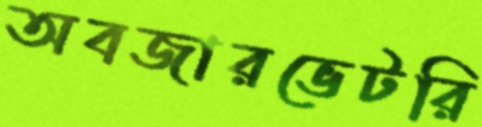
অবজারভেটরি